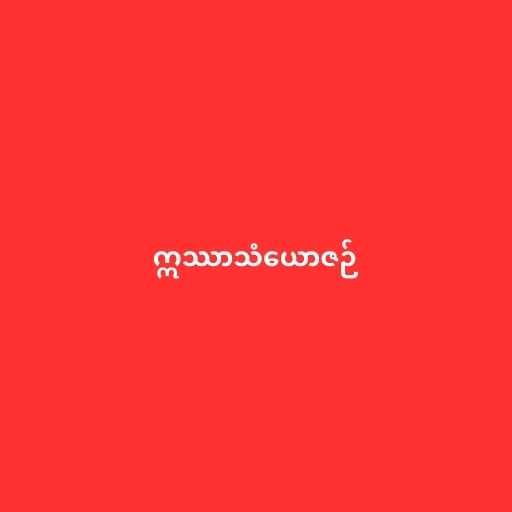
ဣဿာသံယောဇဉ်